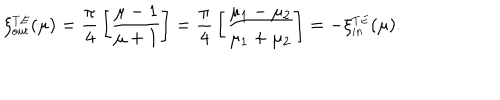
LaTeX: \xi _ { \small o u t } ^ { \small T E } ( \mu ) = { \frac { \pi } { 4 } } \left[ { \frac { \mu - 1 } { \mu + 1 } } \right] = { \frac { \pi } { 4 } } \left[ { \frac { \mu _ { 1 } - \mu _ { 2 } } { \mu _ { 1 } + \mu _ { 2 } } } \right] = - \xi _ { \small i n } ^ { \small T E } ( \mu ) .